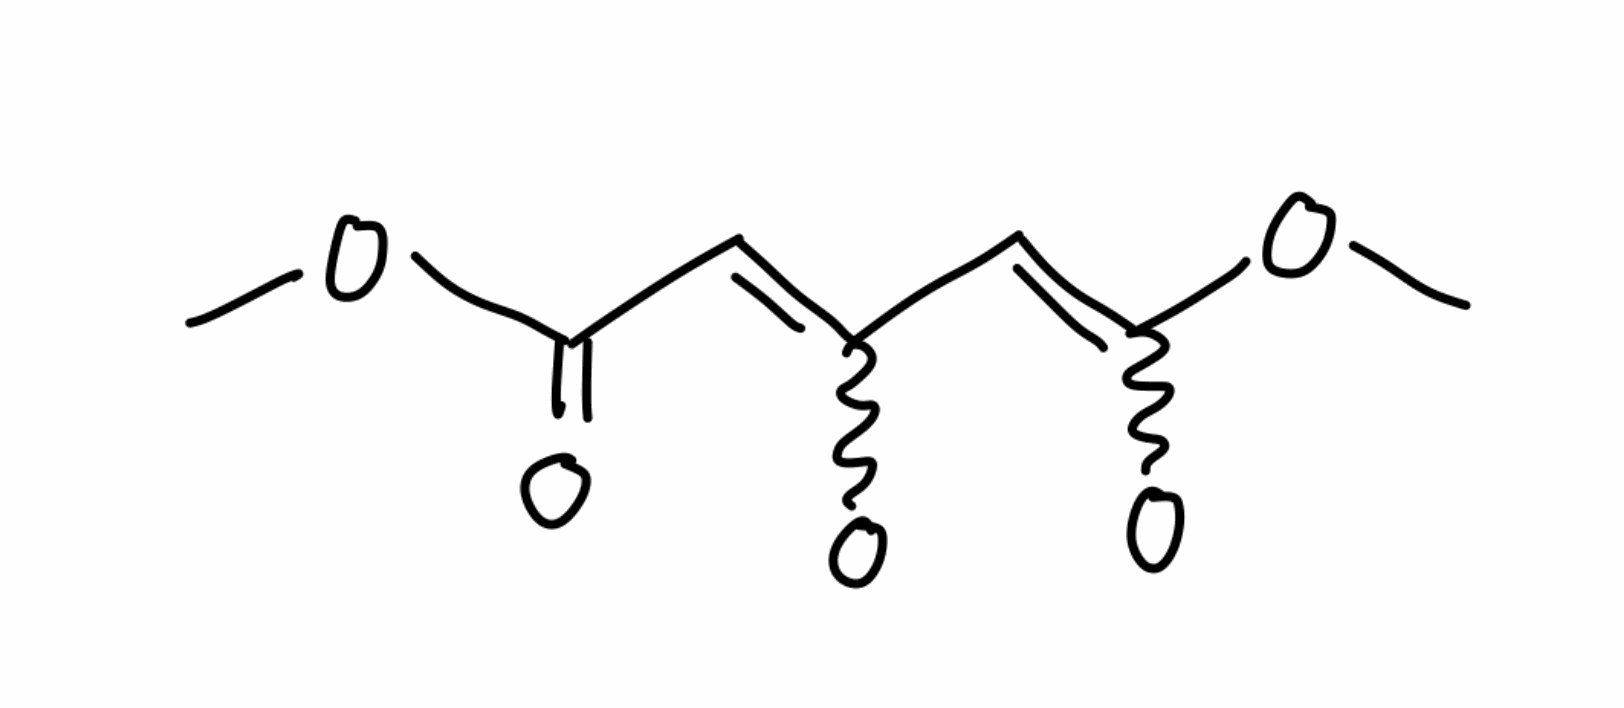
Simplified molecular-input line-entry system (SMILES) notation of the given molecule:
COC(=CC(=CC(=O)OC)[O-])[O-]